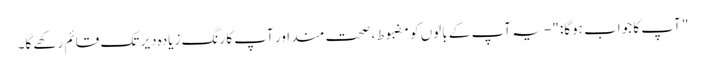
" آپ کا جواب ہوگا: "- یہ آپ کے بالوں کو مضبوط ، صحت مند اور آپ کا رنگ زیادہ دیر تک قائم رکھے گا۔